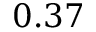
0 . 3 7